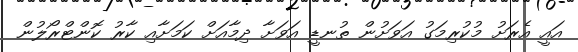
އައީ އެރަށު މުކުރިމަގު އަވަށުން ތުނޑީ އަވަށާ ދިމާއަށް ކަމަށާއި ކާރު ކޮންޓްރޯލުން